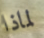
لماذا